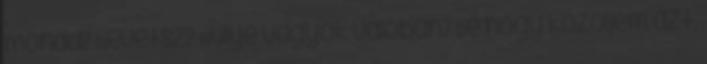
mondd? Nevetsz? Hülye vagyok valóban? De hogy közöljem azt,